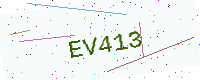
Text: EV413